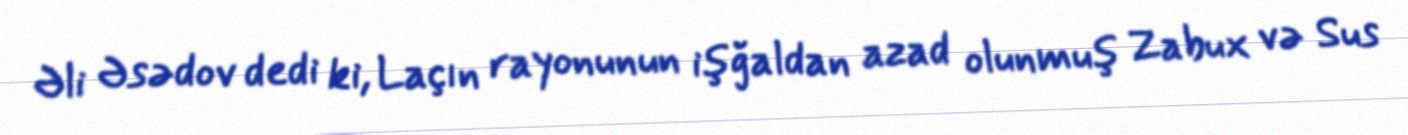
Əli Əsədov dedi ki, Laçın rayonunun işğaldan azad olunmuş Zabux və Sus